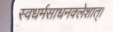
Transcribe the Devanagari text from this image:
स्वधर्मसाधनक्लेशात्‌।